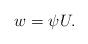
LaTeX: \begin{align*}w=\psi U.\end{align*}